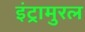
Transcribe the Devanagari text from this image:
इंट्रामुरल